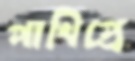
পাখিপ্রে